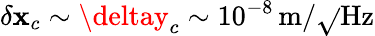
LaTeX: \delta\mathbf{x}_{c}\sim\deltay_{c}\sim10^{-8}\, \mathrm{{m}}/\sqrt{}{{\mathrm{{Hz}}}}